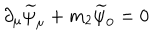
LaTeX: \partial _ { \mu } \widetilde { \psi } _ { \mu } + m _ { 2 } \widetilde { \psi } _ { 0 } = 0